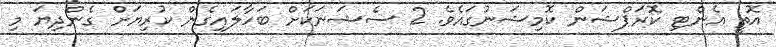
އޮތީ އެންޓި ކޮރަޕްޝަން ކޮމިޝަނުގައެވެ. 2 ސެޝަނަކަށް ބަހާލައިގެން ކުރިޔަށް ގެންދިޔަ މި